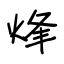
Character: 烽